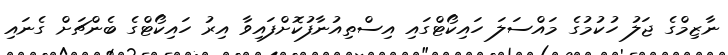
ނާޒިމްގެ ޖަލު ހުކުމުގެ މައްސަލަ ހައިކޯޓްގައި އިސްތިއުނާފުކޮށްފައިވާ އިރު ހައިކޯޓްގެ ބެންޗަށް ގެނައި